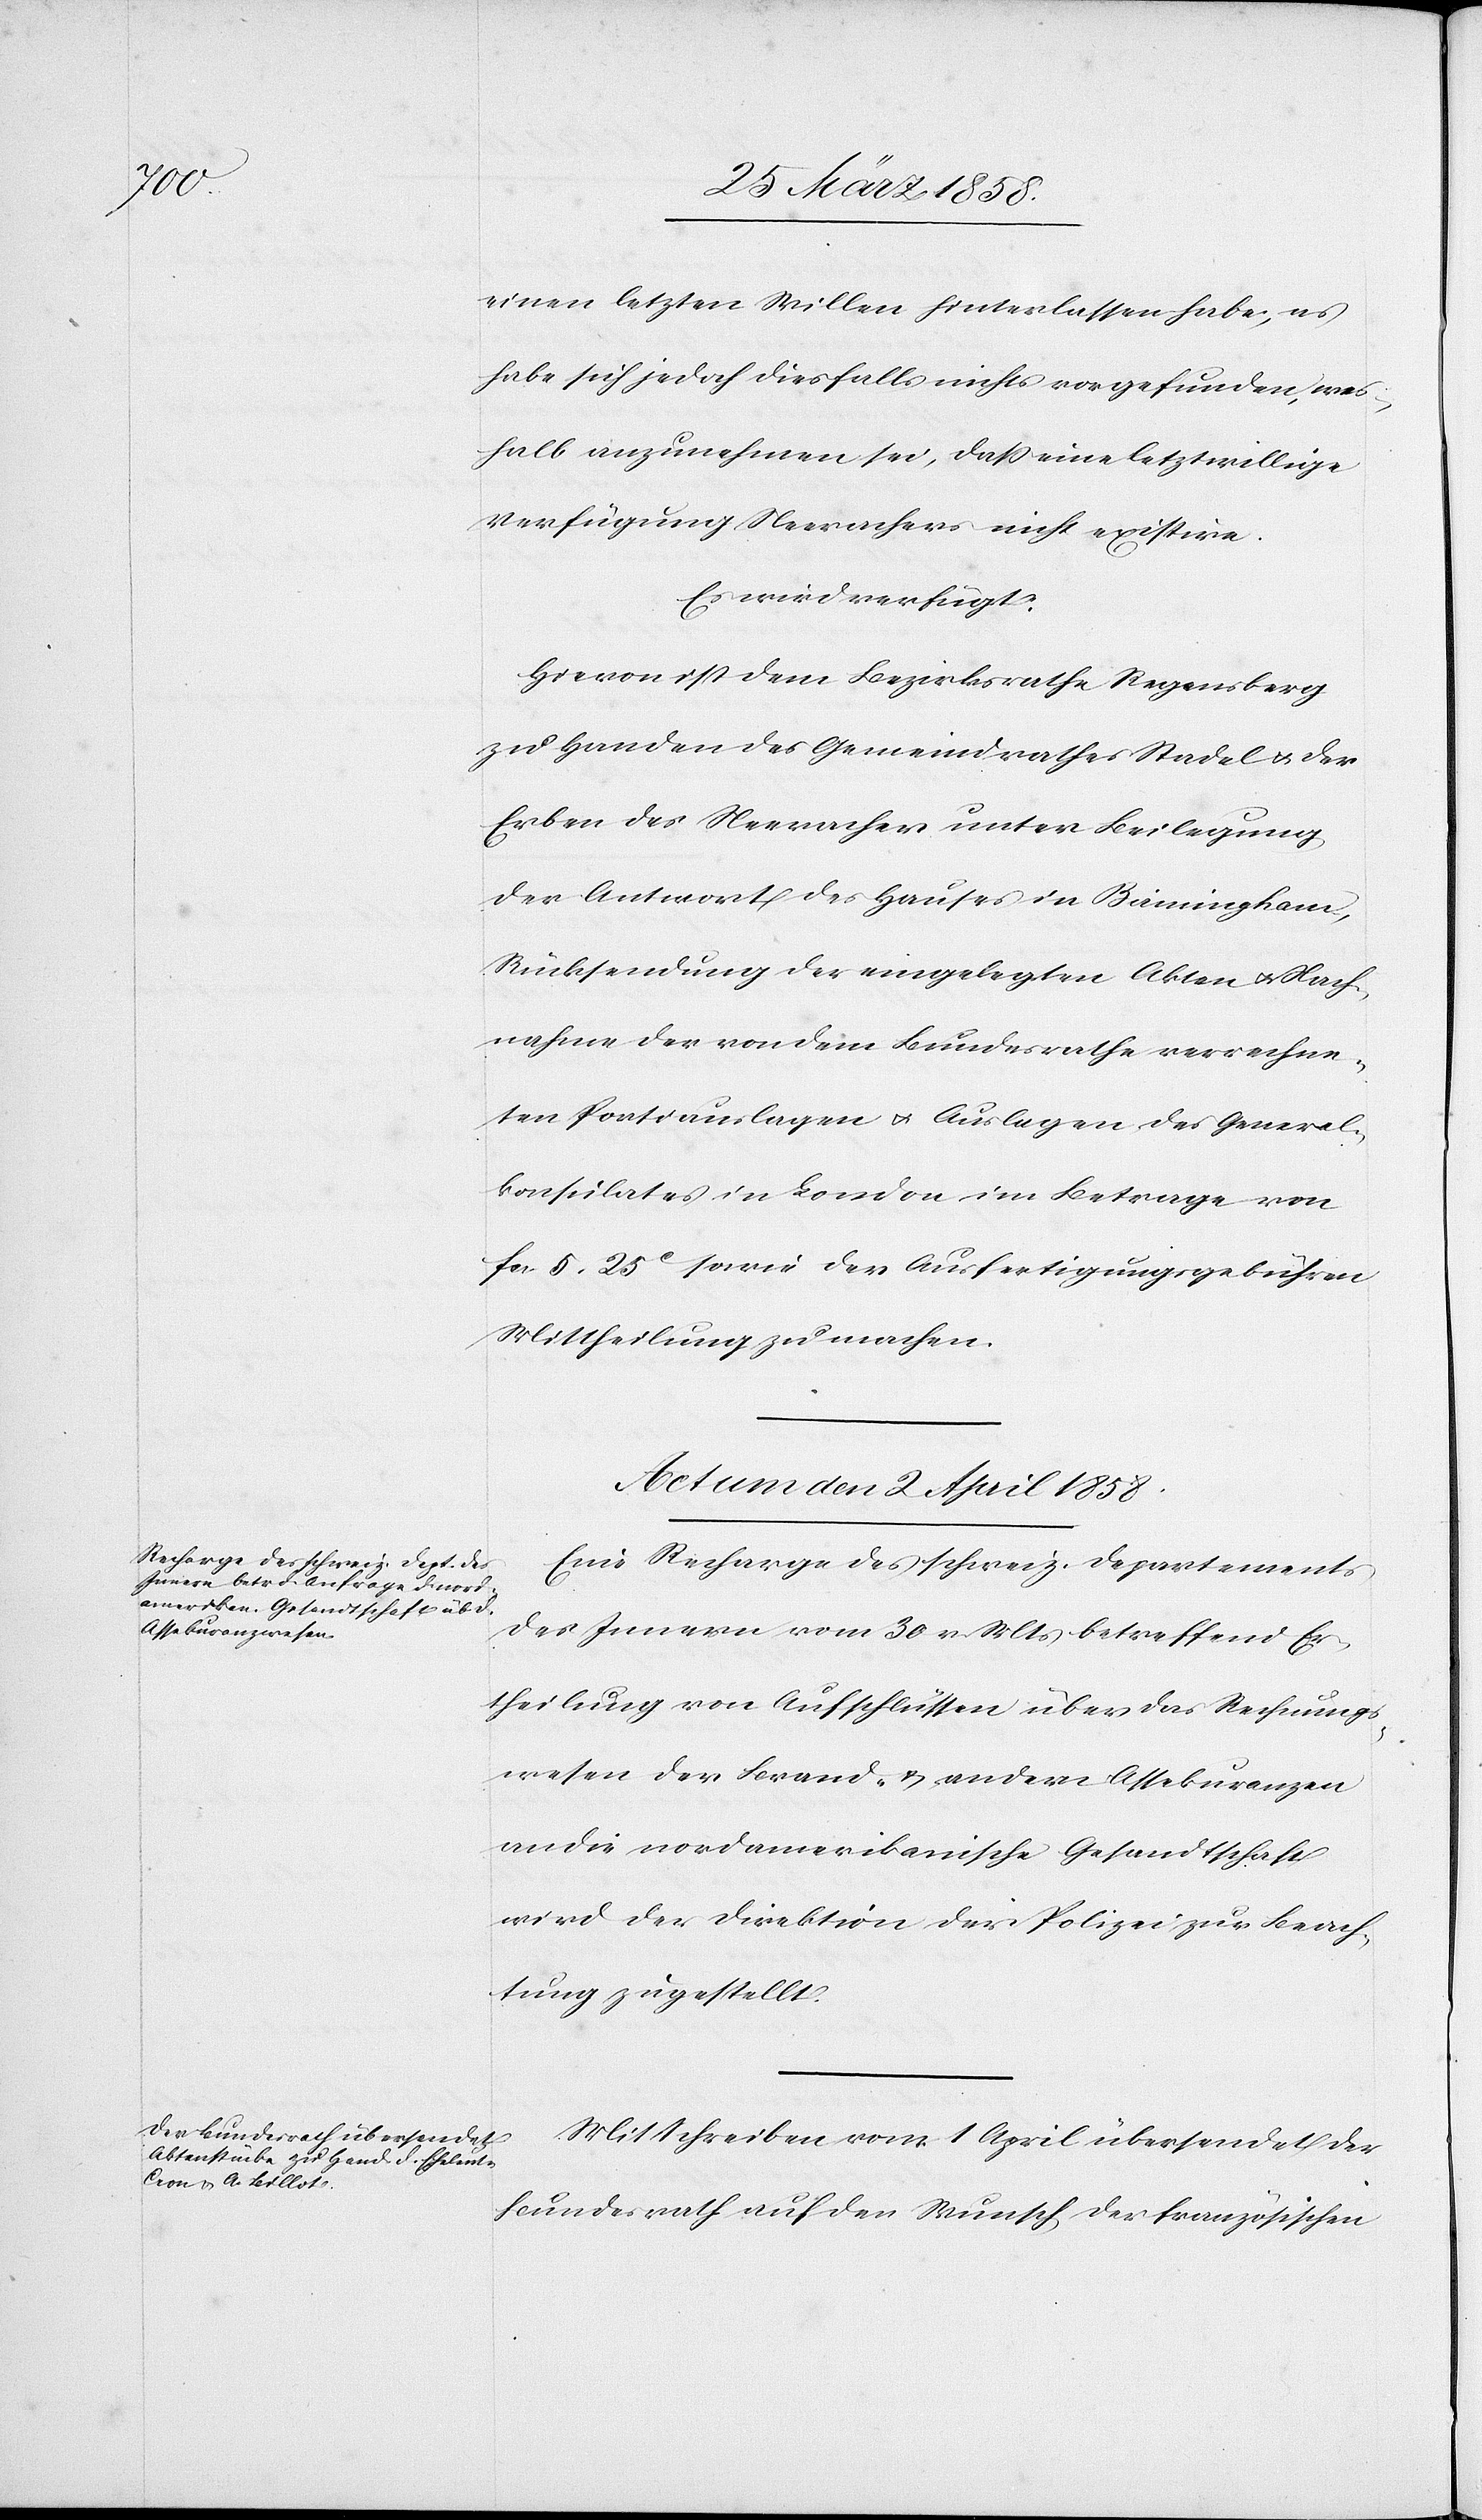
einen letzten Willen hinterlassen habe; es
habe sich jedoch diesfalls nichts vorgefunden, wes¬
halb anzunehmen sei, daß eine letztwillige
Verfügung Neerachers nicht existire.
Es wird verfügt:
Hievon ist dem Bezirksrathe Regensberg
zu Handen des Gemeindrathes Stadel u. der
Erben des Neeracher unter Beilegung
der Antwort des Hauses in Birmingham,
Rücksendung der eingelegten Akten u. Nach¬
nahme der von dem Bundesrathe verrechne¬
ten Portiauslagen u. Auslagen des General¬
konsulates in London im Betrage von
fcs. 5 25C sowie der Ausfertigungsgebühren
Mittheilung zu machen.
Actum den 2. April 1858.]
Eine Recharge des schweiz. Departements
des Innern vom 30. v. Mts. betreffend Er¬
theilung von Aufschlüssen über das Rechnungs¬
wesen der Brand- u. andern Assekuranzen
an die nordamerikanische Gesandtschaft
wird der Direktion der Polizei zur Beach¬
tung zugestellt.
Mit Schreiben vom 1. April übersendet der
Bundesrath auf den Wunsch der französischen